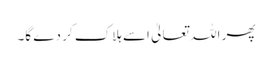
پھر اللہ تعالیٰ اسے ہلاک کر دے گا۔